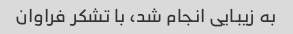
به زیبایی انجام شد، با تشکر فراوان